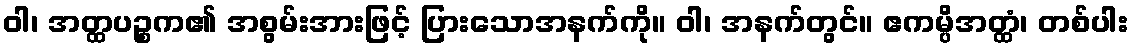
ဝါ၊ အတ္ထပဉ္စက၏ အစွမ်းအားဖြင့် ပြားသောအနက်ကို။ ဝါ၊ အနက်တွင်။ ဧကမ္ပိအတ္ထံ၊ တစ်ပါး